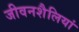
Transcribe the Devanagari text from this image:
जीवनशैलियां